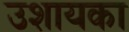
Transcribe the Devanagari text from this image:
उशायका